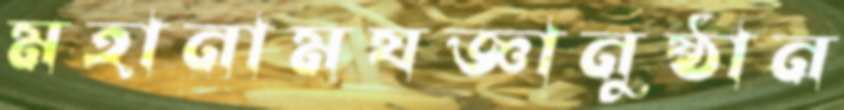
মহানামযজ্ঞানুষ্ঠান